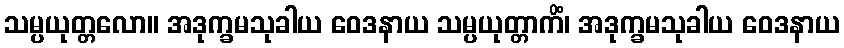
သမ္ပယုတ္တလော။ အဒုက္ခမသုခါယ ဝေဒနာယ သမ္ပယုတ္တာကိံ၊ အဒုက္ခမသုခါယ ဝေဒနာယ